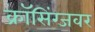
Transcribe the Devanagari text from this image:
क्राॅसिंग्जवर